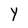
Character: Y